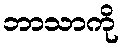
ဘာသာကို